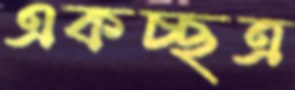
একচ্ছত্র